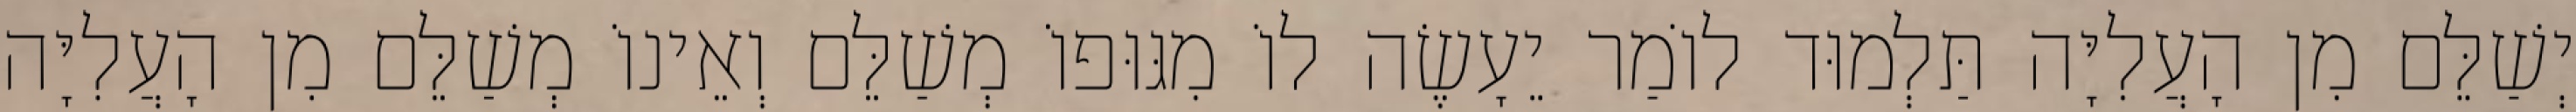
יְשַׁלֵּם מִן הָעֲלִיָּה תַּלְמוּד לוֹמַר יֵעָשֶׂה לוֹ מִגּוּפוֹ מְשַׁלֵּם וְאֵינוֹ מְשַׁלֵּם מִן הָעֲלִיָּה